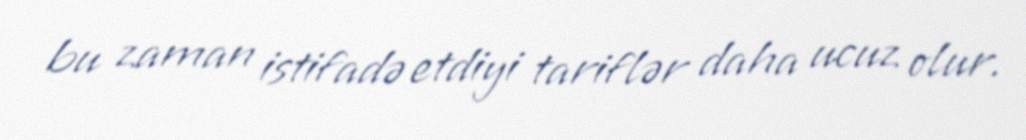
bu zaman istifadə etdiyi tariflər daha ucuz olur.